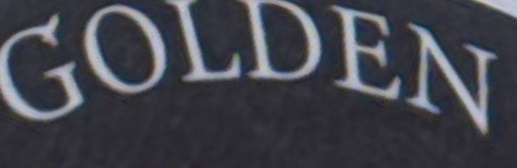
GOLDEN